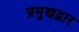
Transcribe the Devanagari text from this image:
प्रमुखद्वार